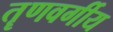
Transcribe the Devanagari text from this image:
तॄणवर्गीय